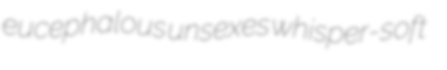
eucephalous unsexes whisper-soft